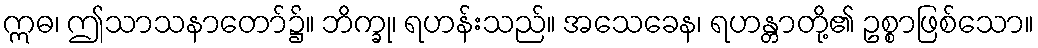
ဣဓ၊ ဤသာသနာတော်၌။ ဘိက္ခု၊ ရဟန်းသည်။ အသေခေန၊ ရဟန္တာတို့၏ ဥစ္စာဖြစ်သော။